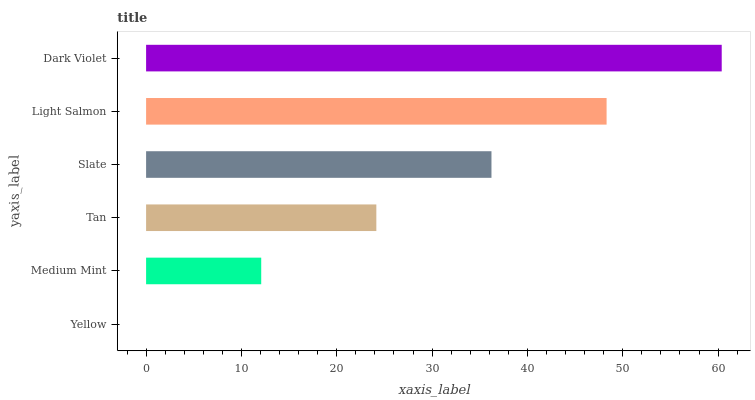
| yaxis_label | bars |
 | --- | --- |
 | Yellow | 0 |
 | Medium Mint | 12.1 |
 | Tan | 24.2 |
 | Slate | 36.2 |
 | Light Salmon | 48.3 |
 | Dark Violet | 60.4 |